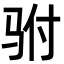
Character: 驸